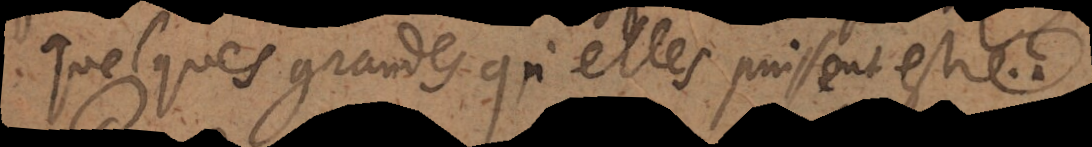
quelques grandes qu’elles puissent estre